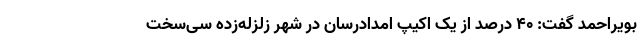
بویراحمد گفت: ۴۰ درصد از یک اکیپ امدادرسان در شهر زلزله‌زده سی‌سخت